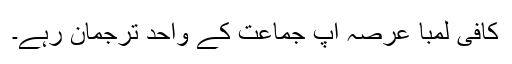
کافی لمبا عرصہ آپ جماعت کے واحد ترجمان رہے۔